Report on lock hospitals in British Burma
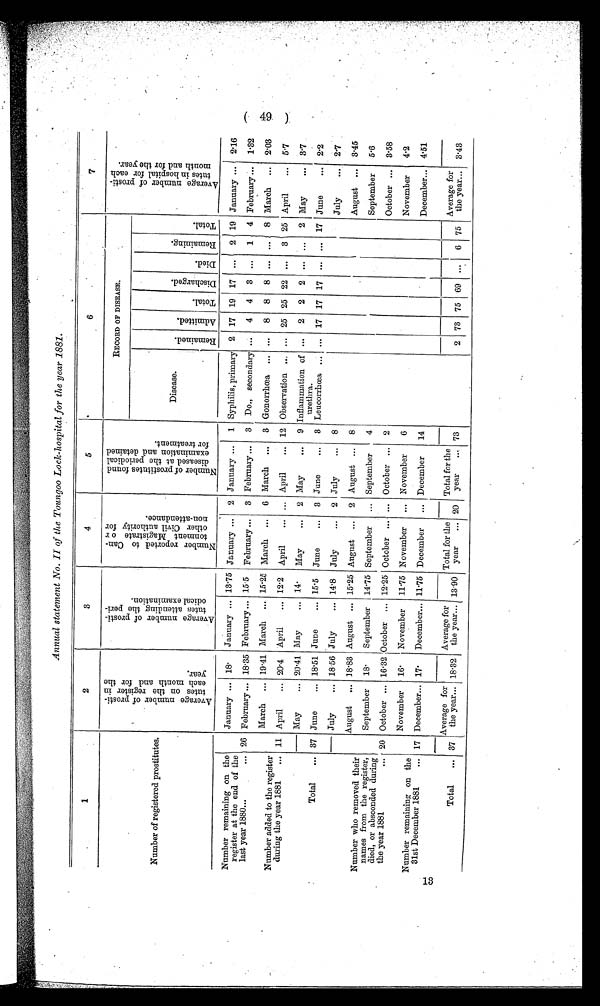
Annual statement No. II of the Toungoo Lock-hospital for the year 1881.
1
2
3
4
5
6
7
N u m b e r o f r e g i s t e r e d p r o s t i t u t e s .
A v e r a g e n u m b e r o f p r o s t i t u t e s o n t h e r e g i s t e r i n e a c h m o n t h a n d f o r t h e y e a r .
A v e r a g e n u m b e r o f p r o s t i t u t e s a t t e n d i n g t h e p e r i o d i c a l e x a m i n a t i o n .
N u m b e r r e p o r t e d t o c a n t o n m e n t M a g i s t r a t e o r o t h e r C i v i l a u t h o r i t y f o r n o n - a t t e n d a n c e .
N u m b e r o f p r o s t i t u t e s f o u n d d i s e a s e d a t t h e p e r i o d i c a l e x a m i n a t i o n a n d d e t a i n e d f o r t r e a t m e n t .
RECORD OF DISEASE.
A v e r a g e n u m b e r o f p r o s t i t u t e s i n h o s p i t a l f o r e a c h m o n t h a n d f o r t h e y e a r .
Disease.
R e m a i n e d .
A d m i t t e d .
T o t a l .
D i s c h a r g e d
D i e d
R e m a i n i n g .
T o t a l .
Number remaining on the
register at the end of the
last year 1880...
...
January ... 18
January ... 13.75 January ... 2 January ... 1 Syphilis, primary 2 17 19 17 ...
2 19 January ... 2.16
26 February ... 18. 35 February ... 15'5 February ... 3 February ... 3 Do., secondary ...
4
4
3 ...
1 4 February ... 1.32
Number added to the register
during the year 1881
...
March
... 19 .41 March ... 15 . 25 March ... 6 March ... 3 Gonorrhœa ... ...
8 8 8 ... ... 8 March ... 2.03
11 April
... 20.4 'April
... 12. 2 April
April
... 12 Observation ... ... 25 25 22 ...
3 25 April
...
5.7
Total
...
May
... 20.41 May
... 14.
May
...
2 May
...
9 Inflammation of
urethra.
...
2 2 2 ... ...
2 May
3.7
37 June
... 18.51 June
... 15 . 5 June
...
3 June
3 Leucorrhœa ... ... 17 17 17 ... ... 17 June
... 2.2
July
... 18.56 July
... 14.8 July
...
2 July
...
8
July
...
21
Number who removed their
names from the register,
died, or absconded during
the year 1881
...
August
... 18.83 August ... 15. 25 August ... 2 August ... 8
August ... 3.45
September
18.
September
14.75 September
... September
4
September
5.6
20 October ... 16.32 October
12.25 October
... October ...
2
October ...
3.58
Number remaining on the
31st December 1881
... 17
November
16.
November
11 .75 November
... November
6
November
4.2
December... 17.
December... 11/5 December
... December
14
December.... 4.51
Total
... 37
Average for
the year... 18. 32
Average for
the year... 13 .90
Total for the
year
... 20
Total for the
year
... 73
2 73 75 . 69
. . .
6 75
Average for
the year...
3.43